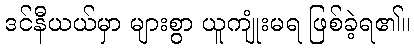
ဒင်နီယယ်မှာ များစွာ ယူကျုံးမရ ဖြစ်ခဲ့ရ၏။